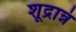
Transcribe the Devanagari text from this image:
शूद्रान्नं